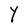
Character: Y